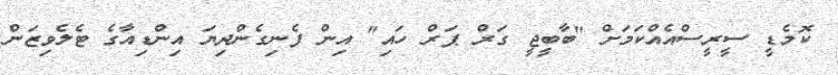
ކޮމެޑީ ސީރީސްއެއްކަމަށް "ބާބީޖީ ގަރް ޕަރް ހައި" އިން ފެނިގެންދިޔަ އިންޑިއާގެ ޓެލެވިޒަން